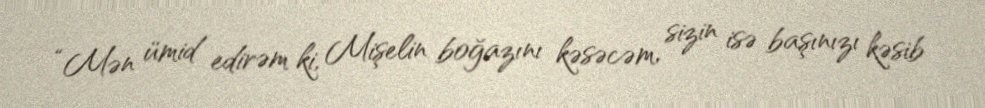
“Mən ümid edirəm ki, Mişelin boğazını kəsəcəm, sizin isə başınızı kəsib